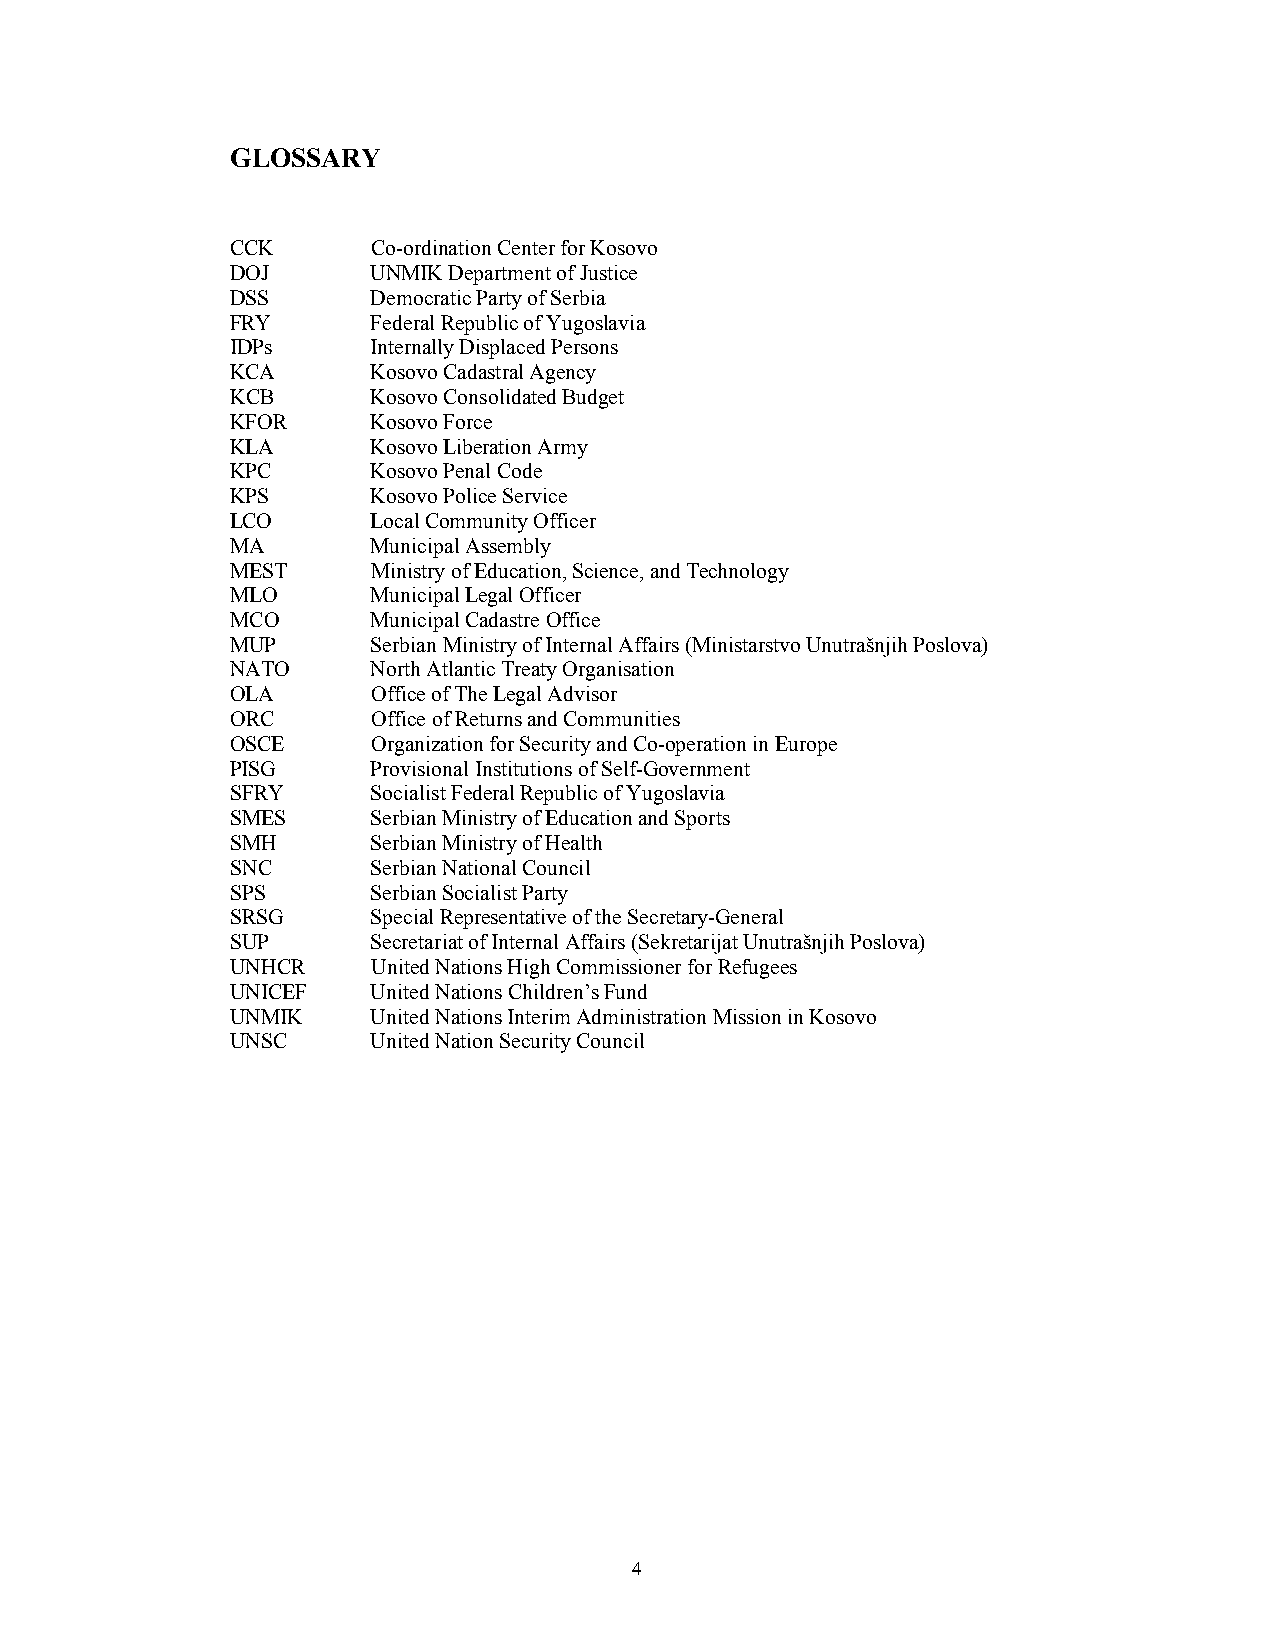
GLOSSARY
 CCK       Co-ordination Center for Kosovo
 DOJ       UNMIK Department of Justice
 DSS       Democratic Party of Serbia
 FRY       Federal Republic of Yugoslavia
 IDPs      Internally Displaced Persons
 KCA       Kosovo Cadastral Agency
 KCB       Kosovo Consolidated Budget
 KFOR      Kosovo Force
 KLA       Kosovo Liberation Army
 KPC       Kosovo Penal Code
 KPS       Kosovo Police Service
 LCO       Local Community Officer
 MA        Municipal Assembly
 MEST      Ministry of Education, Science, and Technology
 MLO       Municipal Legal Officer
 MCO       Municipal Cadastre Office
 MUP       Serbian Ministry of Internal Affairs (Ministarstvo Unutrašnjih Poslova)
 NATO      North Atlantic Treaty Organisation
 OLA       Office of The Legal Advisor
 ORC       Office of Returns and Communities
 OSCE      Organization for Security and Co-operation in Europe
 PISG      Provisional Institutions of Self-Government
 SFRY      Socialist Federal Republic of Yugoslavia
 SMES      Serbian Ministry of Education and Sports
 SMH       Serbian Ministry of Health
 SNC       Serbian National Council
 SPS       Serbian Socialist Party
 SRSG      Special Representative of the Secretary-General
 SUP       Secretariat of Internal Affairs (Sekretarijat Unutrašnjih Poslova)
 UNHCR     United Nations High Commissioner for Refugees
 UNICEF    United Nations Children’s Fund
 UNMIK     United Nations Interim Administration Mission in Kosovo
 UNSC      United Nation Security Council
 4